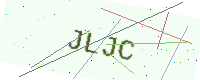
Text: JLJC